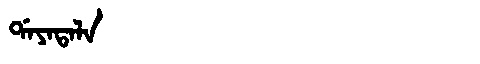
Manchu: ᡩᠠᠶᠠᡨᠠᠯᠠ
Romanization: DAYATALA